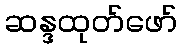
ဆန္ဒထုတ်ဖော်